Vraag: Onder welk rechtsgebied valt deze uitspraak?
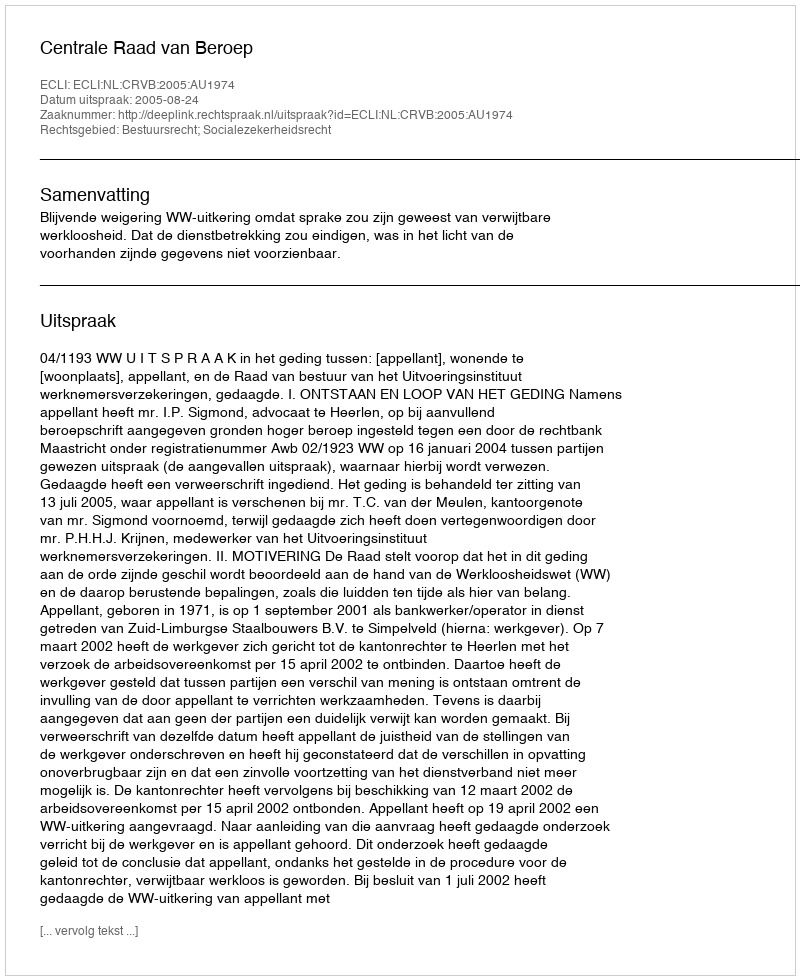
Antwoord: Bestuursrecht; Socialezekerheidsrecht